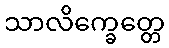
သာလိက္ခေတ္တေ